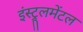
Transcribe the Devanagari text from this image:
इंस्ट्रूलमेंटल